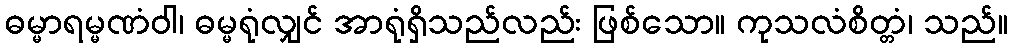
ဓမ္မာရမ္မဏံဝါ၊ ဓမ္မရုံလျှင် အာရုံရှိသည်လည်း ဖြစ်သော။ ကုသလံစိတ္တံ၊ သည်။